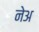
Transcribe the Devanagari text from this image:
नेअ